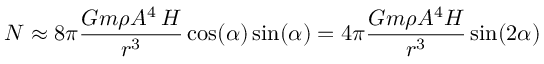
N \approx 8 \pi { \frac { G m \rho A ^ { 4 } \, H } { r ^ { 3 } } } \cos ( \alpha ) \sin ( \alpha ) = 4 \pi { \frac { G m \rho A ^ { 4 } H } { r ^ { 3 } } } \sin ( 2 \alpha )